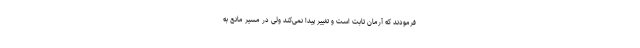
فرمودند که آرمان ثابت است و تغییر پیدا نمی‌کند ولی در مسیر مانع به